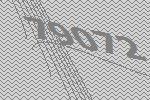
79072